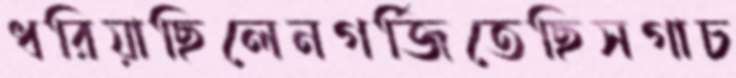
ধরিয়াছিলেনগর্জিতেছিসগাচ